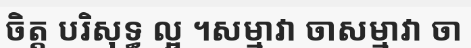
ចិត្ត បរិសុទ្ធ ល្អ ។សម្មាវា ចាសម្មាវា ចា